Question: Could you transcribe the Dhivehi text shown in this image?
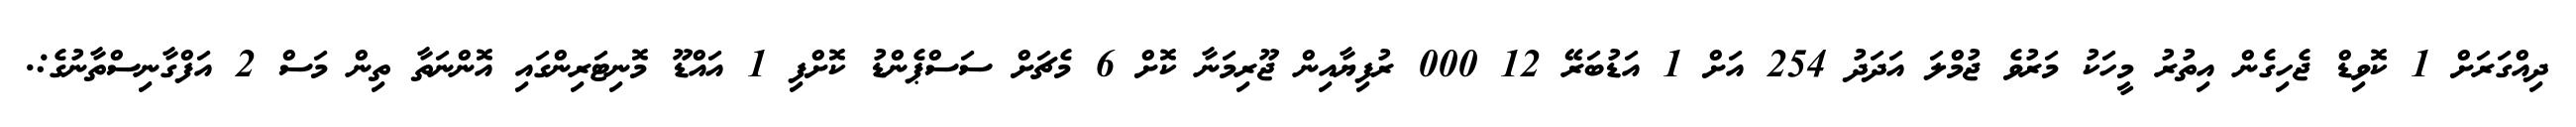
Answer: ދިއްގަރަށް 1 ކޮވިޑް ޖެހިގެން އިތުރު މީހަކު މަރުވެ ޖުމްލަ އަދަދު 254 އަށް 1 އަޑުބަރޭ 12 000 ރުފިޔާއިން ޖޫރިމަނާ ކޮށް 6 މެޗަށް ސަސްޕެންޑު ކޮށްފި 1 އައްޑޫ މޮނިޓަރިންގައި އޮންނަތާ ތިން މަސް 2 އަފްގާނިސްތާނުގެ:.